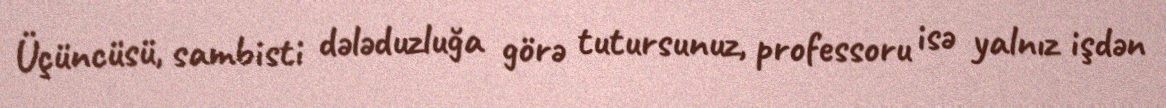
Üçüncüsü, sambisti dələduzluğa görə tutursunuz, professoru isə yalnız işdən